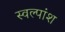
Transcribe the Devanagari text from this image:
स्वल्पांश